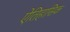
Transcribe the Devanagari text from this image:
ऐतिहासिक